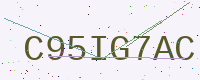
Text: C95IG7AC